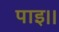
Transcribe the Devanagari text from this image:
पाइ।।